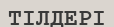
ТІЛДЕРІ